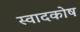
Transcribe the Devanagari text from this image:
स्वादकोष